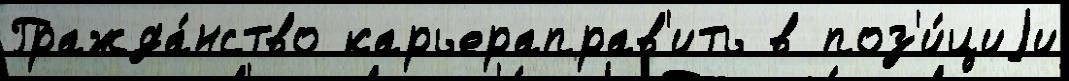
Гражда́нство карьераправ'ить в поз'и́циjи